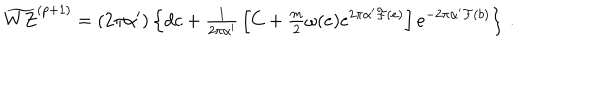
LaTeX: \widetilde { W Z } ^ { ( p + 1 ) } = ( 2 \pi \alpha ^ { \prime } ) \left\{ d c + { \textstyle \frac { 1 } { 2 \pi \alpha ^ { \prime } } } \left[ C + { \textstyle \frac { m } { 2 } } \omega ( e ) e ^ { 2 \pi \alpha ^ { \prime } { \cal F } ( e ) } \right] e ^ { - 2 \pi \alpha ^ { \prime } { \cal F } ( b ) } \right\} \, .